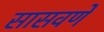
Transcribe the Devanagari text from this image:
सासवणें